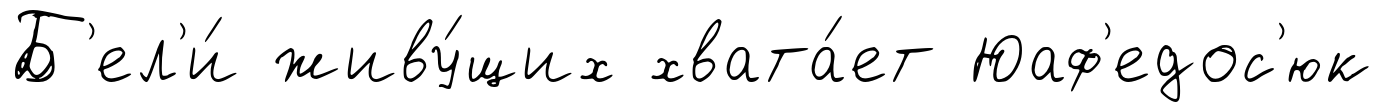
Б'ел'и́ живу́щих хвата́ет Юаф'едос'юк